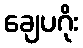
ချေပဂိုး